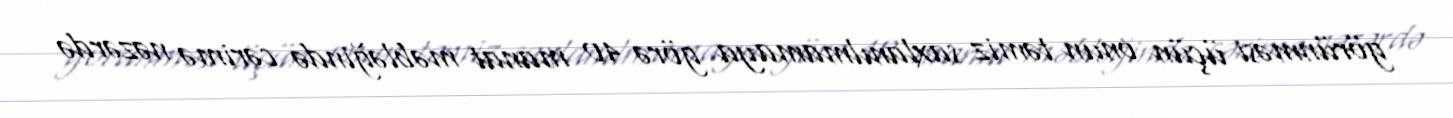
görünməsi üçün onun təmiz saxlanılmamaya görə 40 manat məbləğində cərimə nəzərdə